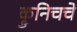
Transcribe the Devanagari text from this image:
क्रुनिचचे